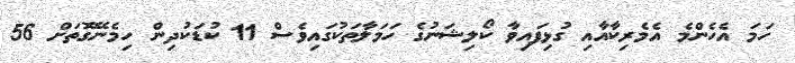
ހަމަ އެހެންމެ އެމެރިކާއާއި ގުޅިފައިވާ ކޯލިޝަނުގެ ހަމަލާތަކުގައިވެސް 11 ކުޑަކުދިން ހިމެނޭގޮތަށް 56